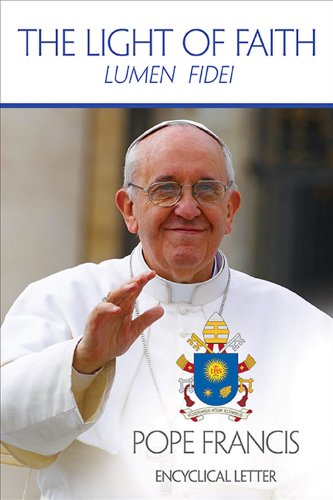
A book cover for The Light of Faith (Lumen Fidei); United States Conference of Catholic Bishops; Christian Books & Bibles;